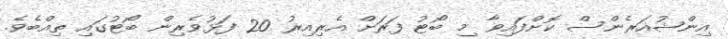
އިންޝުއަރެންސް ކޮށްފައިވާ މި ބޯޓު ފަރަށް އެރިއިރު 20 ފަޅުވެރިން ބޯޓުގައި ތިއްބެވެ.